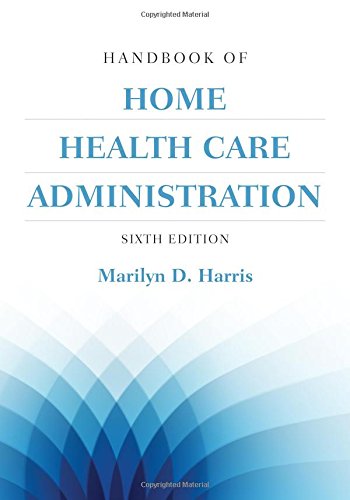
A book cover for Handbook Of Home Health Care Administration; Marilyn D. Harris; Medical Books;